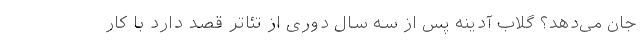
جان می‌دهد؟ گلاب آدینه پس از سه سال دوری از تئاتر قصد دارد با کار